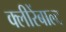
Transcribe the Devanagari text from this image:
क्लीरेंबाल्ट